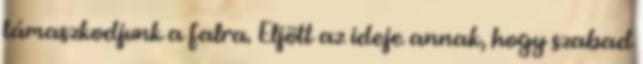
támaszkodjunk a falra. Eljött az ideje annak, hogy szabad